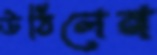
উঠিলেন